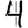
Digit: 4